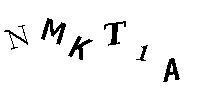
NMKT1A